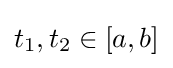
t_{1},t_{2}\in [a,b]